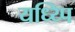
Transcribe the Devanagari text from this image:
यध्य्पि